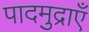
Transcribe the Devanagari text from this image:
पादमुद्राएँ